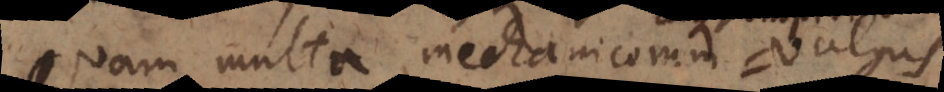
Quam multa mechanicorum vulgus